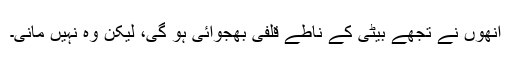
انھوں نے تجھے بیٹی کے ناطے قلفی بھجوائی ہو گی، لیکن وہ نہیں مانی۔